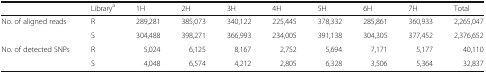
|  | Librarya | 1H | 2H | 3H | 4H | 5H | 6H | 7H | Total |
 | --- | --- | --- | --- | --- | --- | --- | --- | --- | --- |
 | <ROWSPAN=2> No. of aligned reads | R | 289,281 | 385,073 | 340,122 | 225,445 | 378,332 | 285,861 | 360,933 | 2,265,047 |
 | S | 304,488 | 398,271 | 366,993 | 234,005 | 391,138 | 304,305 | 377,452 | 2,376,652 |
 | <ROWSPAN=2> No. of detected SNPs | R | 5,024 | 6,125 | 8,167 | 2,752 | 5,694 | 7,171 | 5,177 | 40,110 |
 | S | 4,048 | 6,574 | 4,212 | 2,805 | 6,328 | 3,506 | 5,364 | 32,837 |